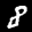
Label: 8